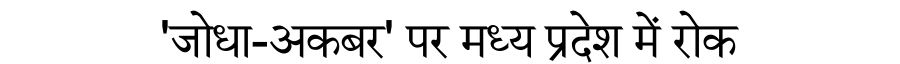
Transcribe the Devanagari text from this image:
'जोधा-अकबर' पर मध्य प्रदेश में रोक